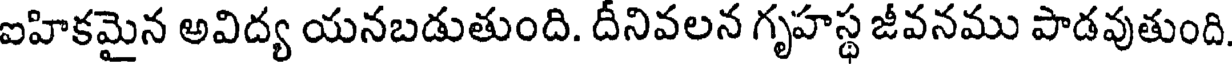
ఐహికమైన అవిద్య యనబడుతుంది. దీనివలన గృహస్థ జీవనము పాడవుతుంది